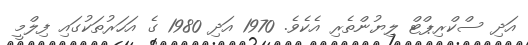
އަދި ސްކްރިޕްޓް ލިޔުންތެރި އެކެވެ. 1970 އަދި 1980 ގެ އަހަރުތަކުގައި ފިލްމީ